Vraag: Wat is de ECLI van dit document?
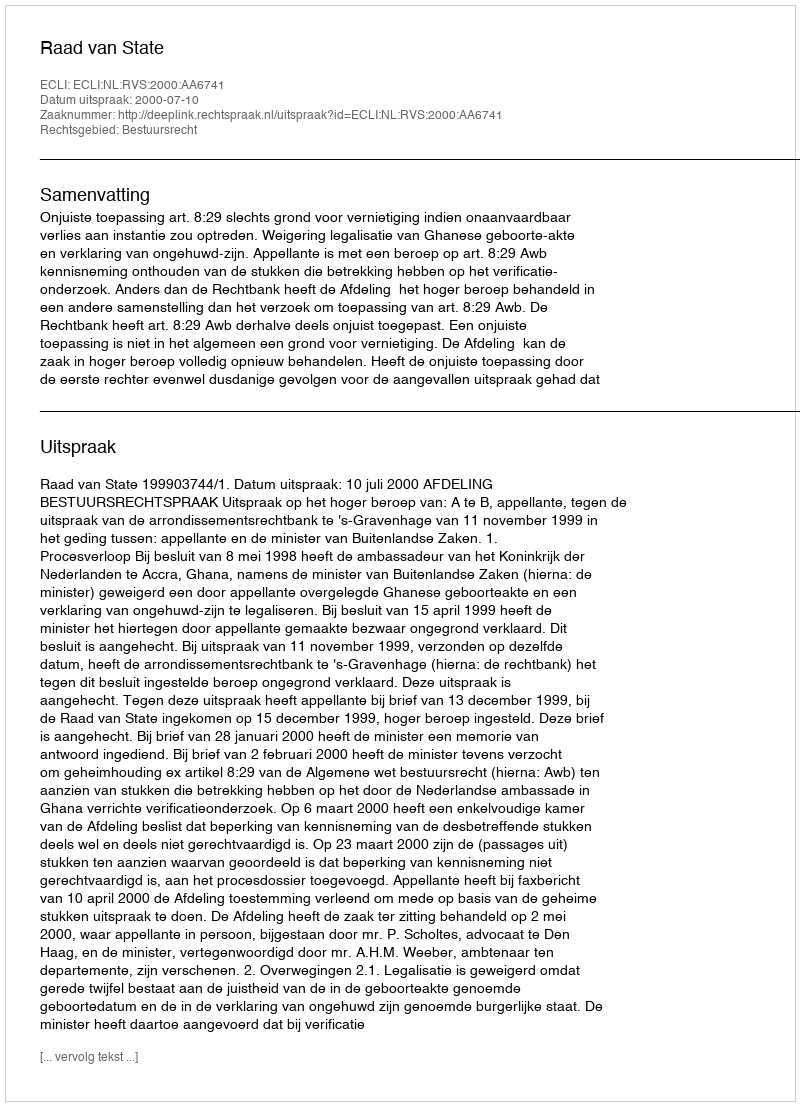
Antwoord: ECLI:NL:RVS:2000:AA6741